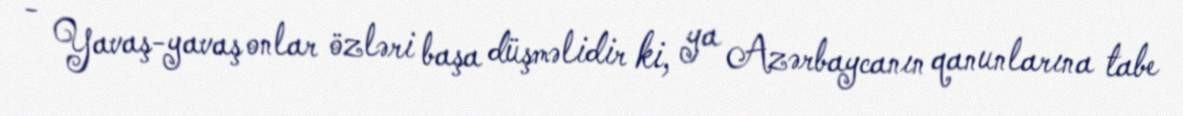
- Yavaş-yavaş onlar özləri başa düşməlidir ki, ya Azərbaycanın qanunlarına tabe